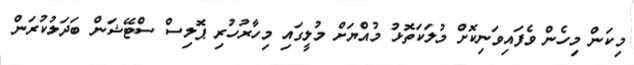
މިކަން މިހެން ވެފައިވަނިކޮށް މުލަކަތޮޅު މުއްޔަށް މުލީގައި މިހާރުހުރި ޕޮލިސް ސްޓޭޝަން ބަދަލުކުރަން